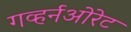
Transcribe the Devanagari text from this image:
गव्हर्नओरेट